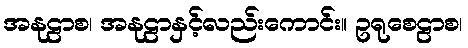
အနုဠာစ၊ အနုဠာနှင့်လည်းကောင်း။ ဥရုစေဠာစ၊